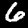
Label: 6